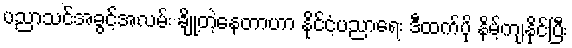
ပညာသင်အခွင့်အလမ်း ချို့တဲ့နေတာဟာ နိုင်ငံ့ပညာရေး ဒီထက်ပို နိမ့်ကျနိုင်ပြီး